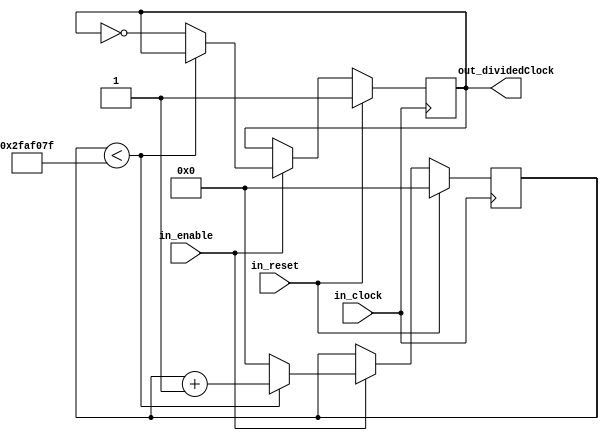
`timescale 1ns / 1ps
//////////////////////////////////////////////////////////////////////////////////
// Company: ENGN3213 Assignment 1 Group
//           Fangxiao Dong
// 
// Design Name: Integer Counter Clock Divider
// Module Name: clockDivider
// Project Name: Reaction Timer
// Target Devices: Nexys4 DDR
// Tool Versions: Vivado HLx 2017.4
// Description: This is an integer clock divider, just the same as the one in the
// Lab.
// The output freq of the default threshold is 1Hz with a 100MHz input clock.
// 
// Dependencies: N/A
// 
// Revision:
// Revision 0.01 - File Created
// Additional Comments:
// 
//////////////////////////////////////////////////////////////////////////////////


module clockDivider #(
    parameter integer THRESHOLD = 50_000_000
)(
    input wire in_clock,
    input wire in_reset,
    input wire in_enable,
    output reg out_dividedClock = 1'b1);
    
    reg [31:0] counter = 32'd0;
    
    always @(posedge in_clock) begin
        // Check the reset state.
        if (in_reset) begin
            // Reset the counter.
            counter <= 32'd0;
            // Reset the clock.
            out_dividedClock <= 1'b1;
        end else begin
            // Check the enable state.
            if (in_enable) begin
                // Check the counter already reaches the limitation.
                if (counter < THRESHOLD - 1) begin
                    // Increase the counter.
                    counter <= counter + 1;
                end else begin
                    // Reverse the counter.
                    out_dividedClock <= ~out_dividedClock;
                    // Reset the counter.
                    counter <= 32'd0;
                end
            end
        end
    end
    
endmodule